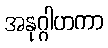
အနုဂ္ဂါဟကာ